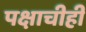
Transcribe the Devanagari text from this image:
पक्षाचीही